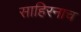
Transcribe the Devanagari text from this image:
साहिरनाच